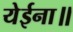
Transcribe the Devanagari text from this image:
येईना॥